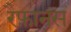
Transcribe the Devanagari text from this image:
रैफ़ानस